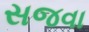
સજવા